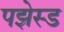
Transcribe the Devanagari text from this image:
पझेस्ड